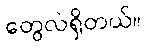
တွေလဲရှိတယ်။